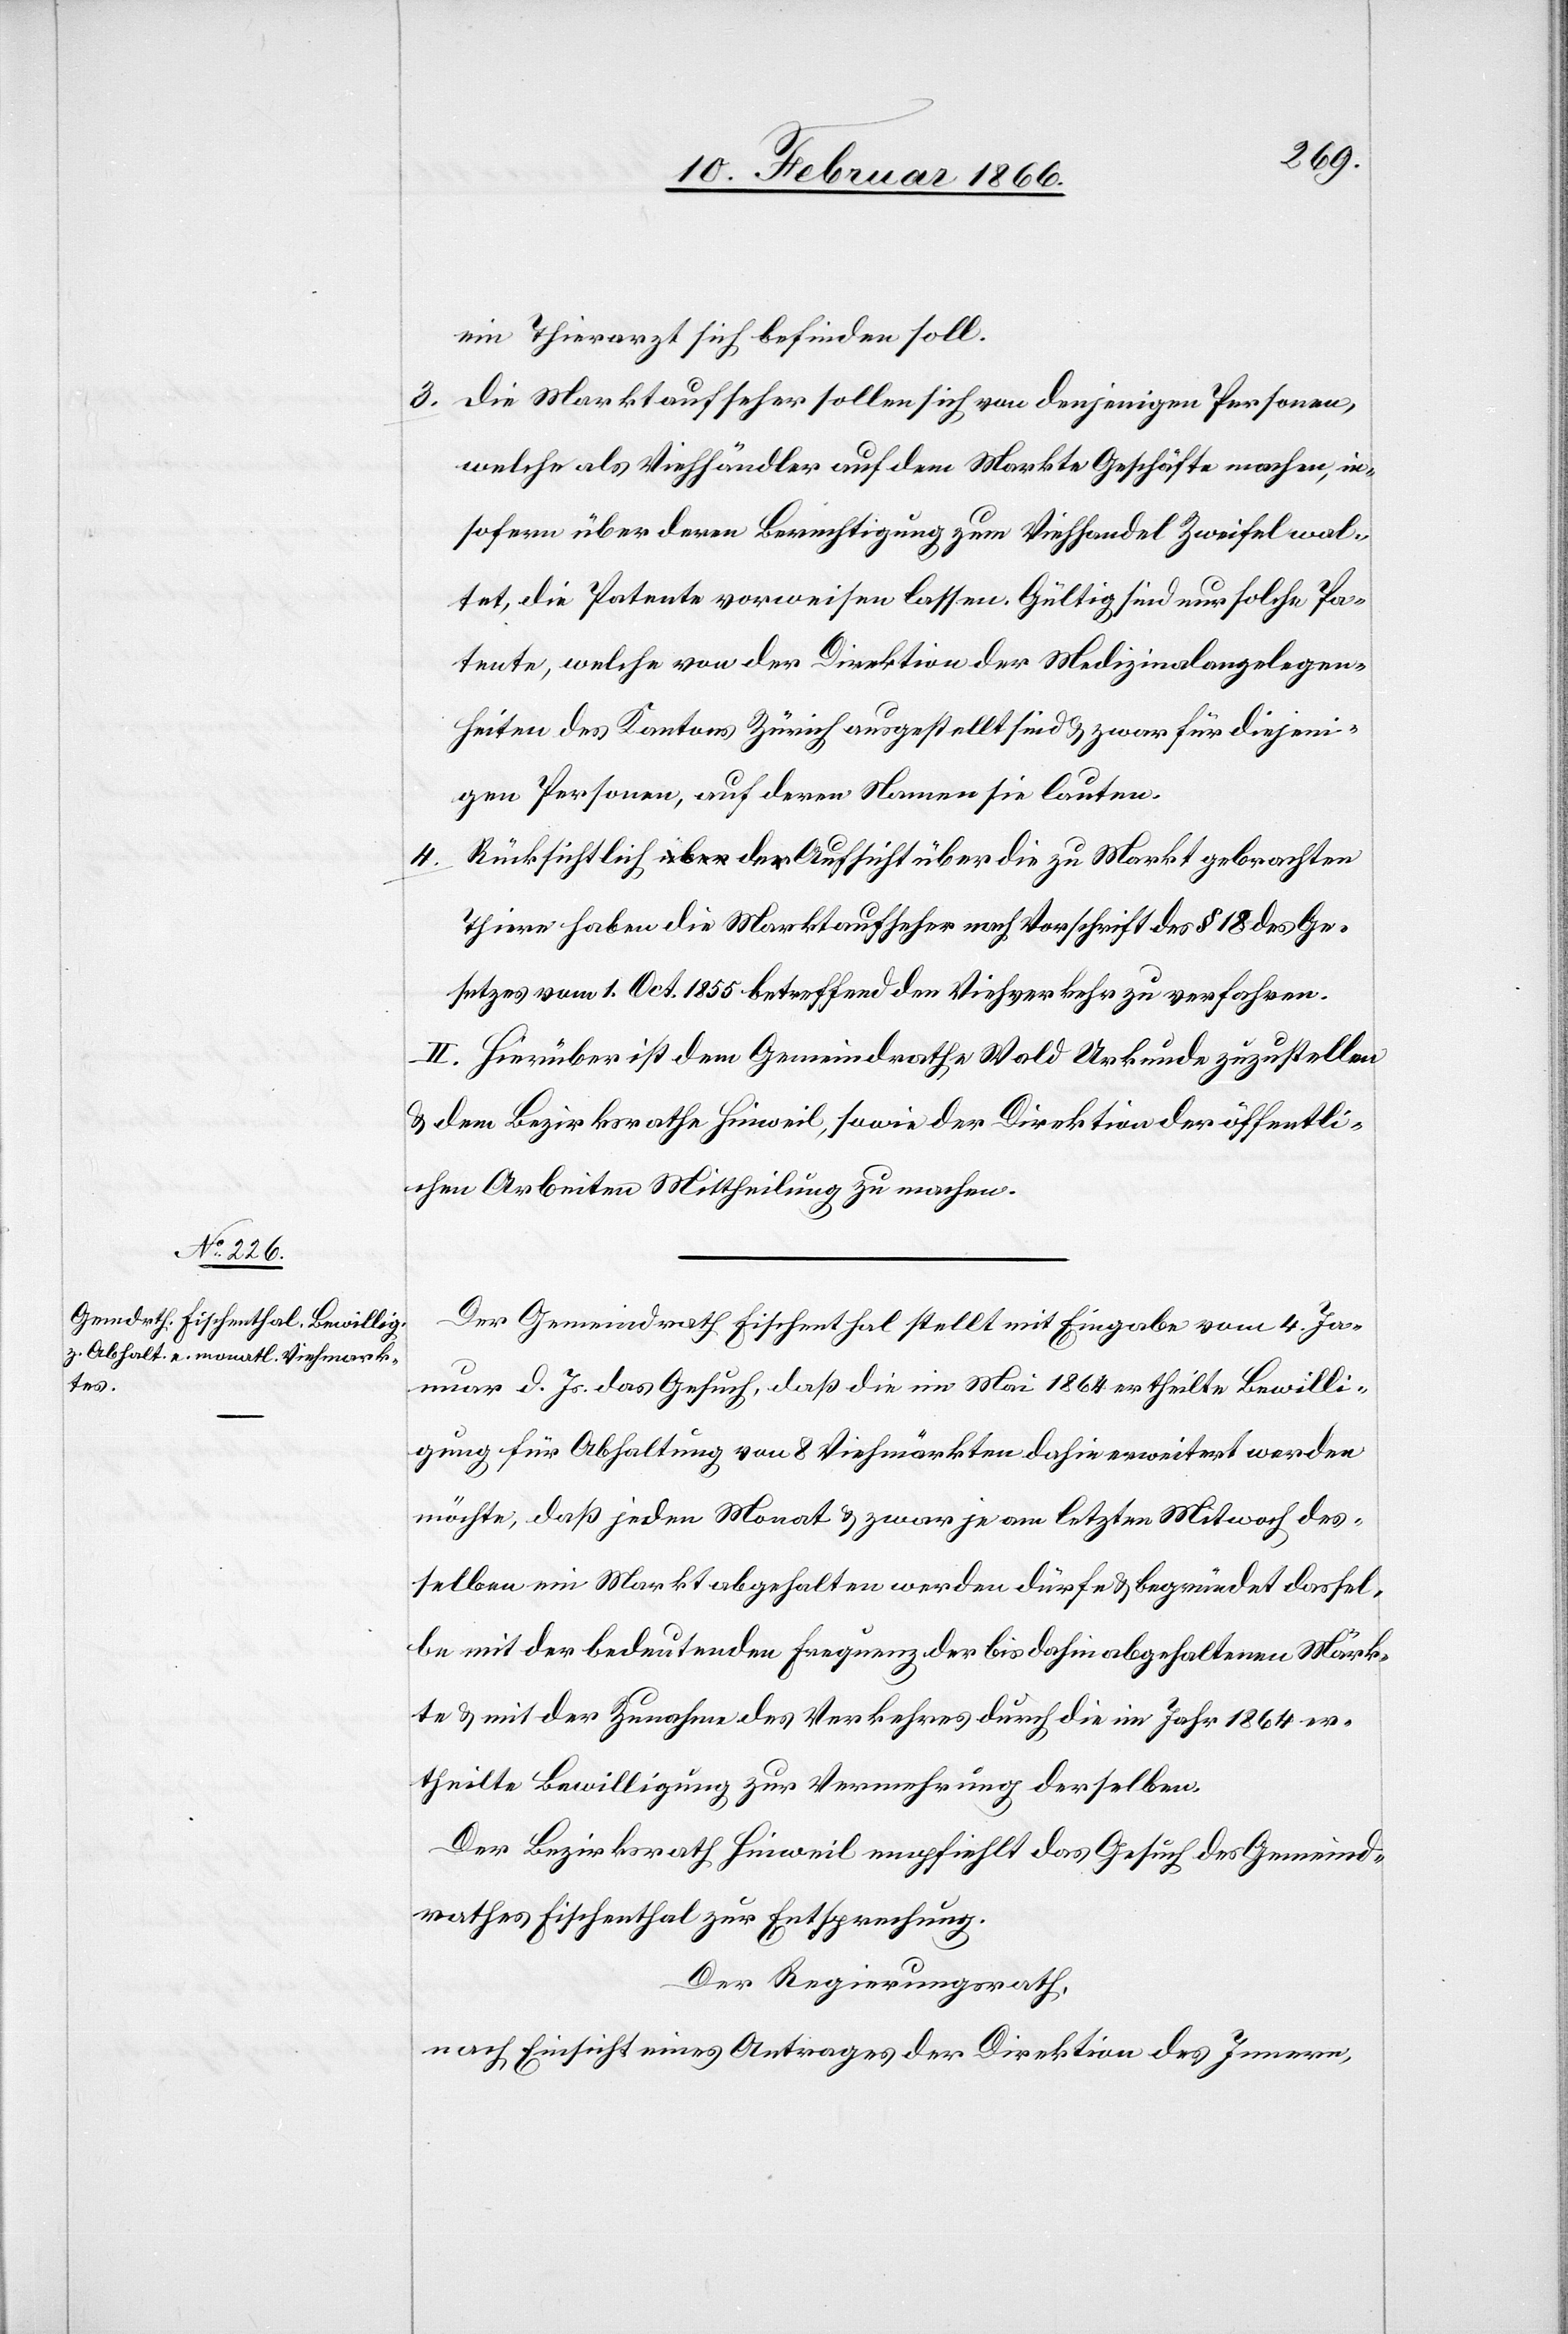
3.

ein Tierarzt sich befinden soll.
die Marktaufseher sollen sich, von denjenigen Personen,
welche als Viehhändler auf dem Markte Geschäfte machen, in¬
sofern über deren Berechtigung zum Viehhandel Zweifel wal¬
tet, die Patente vorweisen lassen. Gültig sind nur solche Pa¬
tente, welche von der Direktion der Medizinalangelegen¬
heiten des Kantons Zürich ausgestellt sind u. zwar für diejeni¬
gen Personen, auf deren Namen sie lauten.
4.
Tiere haben die Marktaufseher nach Vorschrift des § 18 des Ge¬
setzes vom 1. Oct. 1855 betreffend den Viehverkauf zu verfahren.
II. Hierüber ist dem Gemeindrathe Wald Urkunde zuzustellen
u. dem Bezirksrathe Hinweil, sowie der Direktion der öffentli¬
chen Arbeiten Mittheilung zu machen.
Der Gemeindrath Fischenthal stellt mit Eingabe vom 4. Jan¬
uar d. Js. das Gesuch, daß die im Mai 1864 ertheilte Bewilli¬
gung für Abhaltung von 8 Viehmärkten dahin erweitert werden
möchte, daß jeden Monat u. zwar je am letzten Mitwoch des¬
selben ein Markt abgehalten werden dürfe u. begründet dassel¬
be mit der bedeutenden Frequenz der bis dahin abgehaltenen Märk¬
te u. mit der Zunahme des Verkehres durch die im Jahr 1864 er¬
theilte Bewilligung zur Vermehrung derselben.
Der Bezirksrath Hinweil empfiehlt das Gesuch des Gemeind¬
rathes Fischenthal zur Entsprechung.
Der Regierungsrath,
nach Einsicht eines Antrages der Direktion des Innern,